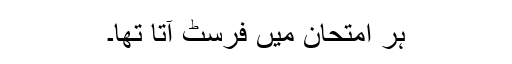
ہر امتحان میں فرسٹ آتا تھا۔